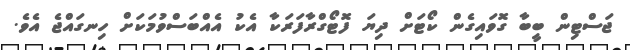
ޖަސްޓިން ބީބާ ގޮވައިގެން ކޯޓަށް ދިޔަ ފޮޓޯގްރާފަރަކާ އެކު އެއްބަސްވުމަކަށް ހިނގައްޖެ އެވެ.